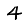
Digit: 4